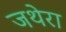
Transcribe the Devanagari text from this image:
जथेरा